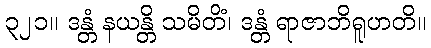
၃၂၁။ ဒန္တံ နယန္တိ သမိတိံ၊ ဒန္တံ ရာဇာဘိရူဟတိ။